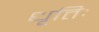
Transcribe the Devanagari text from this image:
धृतिः